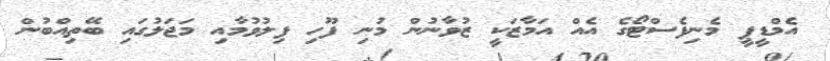
އެމްޑީޕީ މެނިފެސްޓޯގެ އެއް އަމާޒަކީ ޒުވާނުން މުނި ފޫހި ފިލުވުމާއި މަޖަލުގައި ބޭތިއްބުން